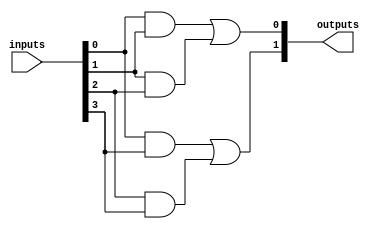
module Fused_PAL (
    input wire [N-1:0] inputs, // N input signals (A, B, C, ..., N)
    output wire [M-1:0] outputs // M output signals (Y1, Y2, ..., Ym)
);

// Parameters
parameter N = 4; // Number of inputs
parameter M = 2; // Number of outputs
parameter P = 4; // Number of AND gates (programmable)

// Programmable AND array
wire [P-1:0] and_output; // Outputs of the AND gates

// Example of programmable AND gates
// Each AND gate can be configured based on the required logic
assign and_output[0] = inputs[0] & inputs[1]; // Example AND gate 1
assign and_output[1] = inputs[1] & inputs[2]; // Example AND gate 2
assign and_output[2] = inputs[0] & inputs[3]; // Example AND gate 3
assign and_output[3] = inputs[2] & inputs[3]; // Example AND gate 4

// Fixed OR array
assign outputs[0] = and_output[0] | and_output[1]; // Output Y1
assign outputs[1] = and_output[2] | and_output[3]; // Output Y2

endmodule